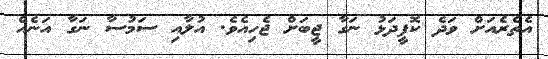
އެތެރެއަށް ވަދެ ކޮފީދަޅު ނަގާ ޖީބަށް ޖެހިއެވެ. އުލާއި ސަމުސާ ނަގާ އަނެއް